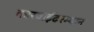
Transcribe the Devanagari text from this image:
कारवाईदरम्यान